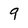
Character: 9